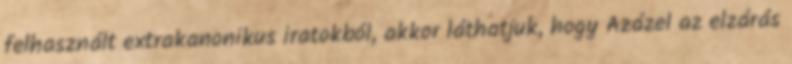
felhasznált extrakanonikus iratokból, akkor láthatjuk, hogy Azázel az elzárás